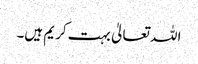
اللہ تعالیٰ بہت کریم ہیں۔